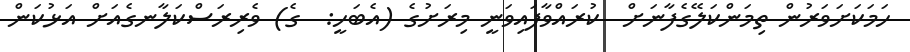
ހަމަކަށަވަރުން ތިމަންކަލޭގެފާނަށް  ކުރައްވާފައިވަނީ މިރަށުގެ (އެބަހީ:  ގެ) ވެރިރަސްކަލާނގެއަށް އަޅުކަން